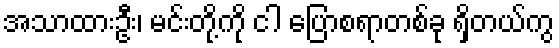
အသာထားဦး၊ မင်းတို့ကို ငါ ပြောစရာတစ်ခု ရှိတယ်ကွ